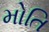
મોતિ